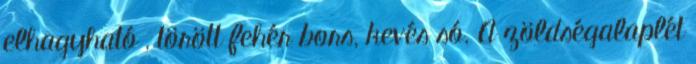
elhagyható , törött fehér bors, kevés só. A zöldségalaplét